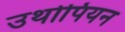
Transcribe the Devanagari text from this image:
उथोपियन